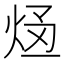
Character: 𭴥